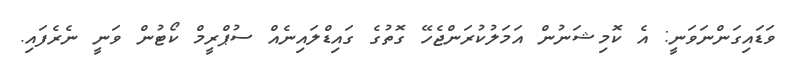
ވަޑައިގަންނަވަނީ: އެ ކޮމިޝަނުން އަމަލުކުރަންޖެހޭ ގޮތުގެ ގައިޑްލައިނެއް ސުޕްރީމް ކޯޓުން ވަނީ ނެރެފައި.